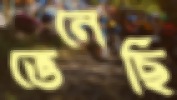
ভেনেছি